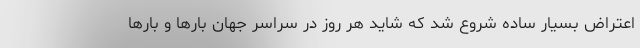
اعتراض بسیار ساده شروع شد که شاید هر روز در سراسر جهان بارها و بارها